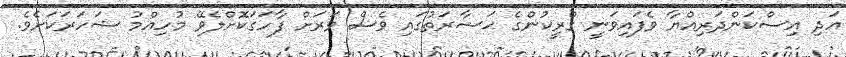
އަދި އިސްކަންދަރިއްޔާ ވެފައިވަނީ ގްރީކުންގެ ޙަޟާރަތުގައި ވެސް ވަރަށް ފާހަގަކޮށްލެވޭ މުހިއްމު ޝަހަރަކަށެވެ.